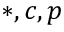
* , c , p